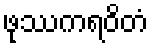
ဖုဿကရဝိတံ